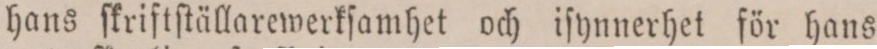
hans ſkriftſtällarewerkſamhet och iſynnerhet för hans